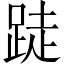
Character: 跿